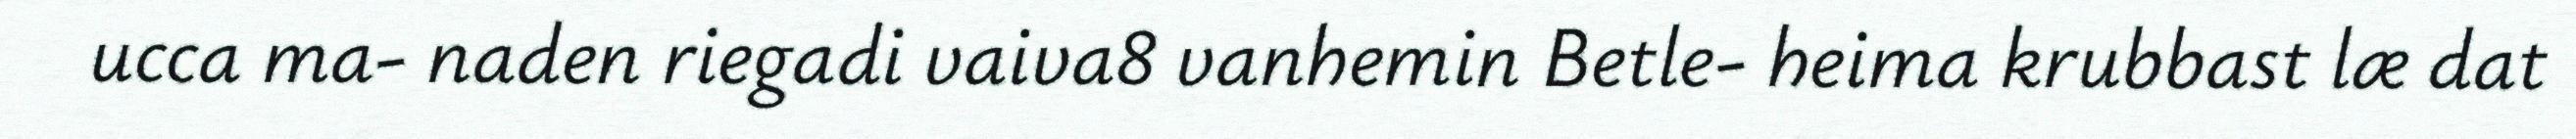
ucca ma- naden riegadi vaiva8 vanhemin Betle- heima krubbast læ dat